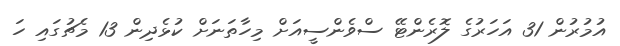
އުމުރުން 31 އަހަރުގެ ލޮރެންޓޭ ސްވެންސީއަށް މިހާތަނަށް ކުޅެދިން 13 މެޗުގައި ހަ